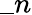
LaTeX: \_ n